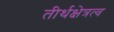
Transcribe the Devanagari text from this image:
तीर्थक्षेत्रत्व